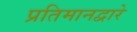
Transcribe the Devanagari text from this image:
प्रतिमानद्वारे